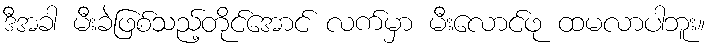
ဒီအခါ မီးခဲဖြစ်သည့်တိုင်အောင် လက်မှာ မီးလောင်ဖု ထမလာပါဘူး။